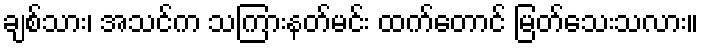
ချစ်သား၊ အသင်က သကြားနတ်မင်း ထက်တောင် မြတ်သေးသလား။